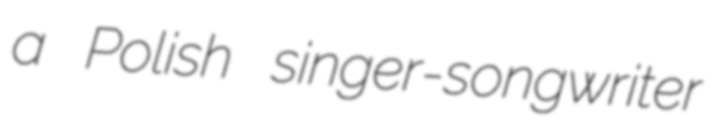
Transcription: a Polish singer-songwriter